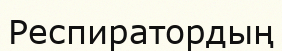
Респиратордың